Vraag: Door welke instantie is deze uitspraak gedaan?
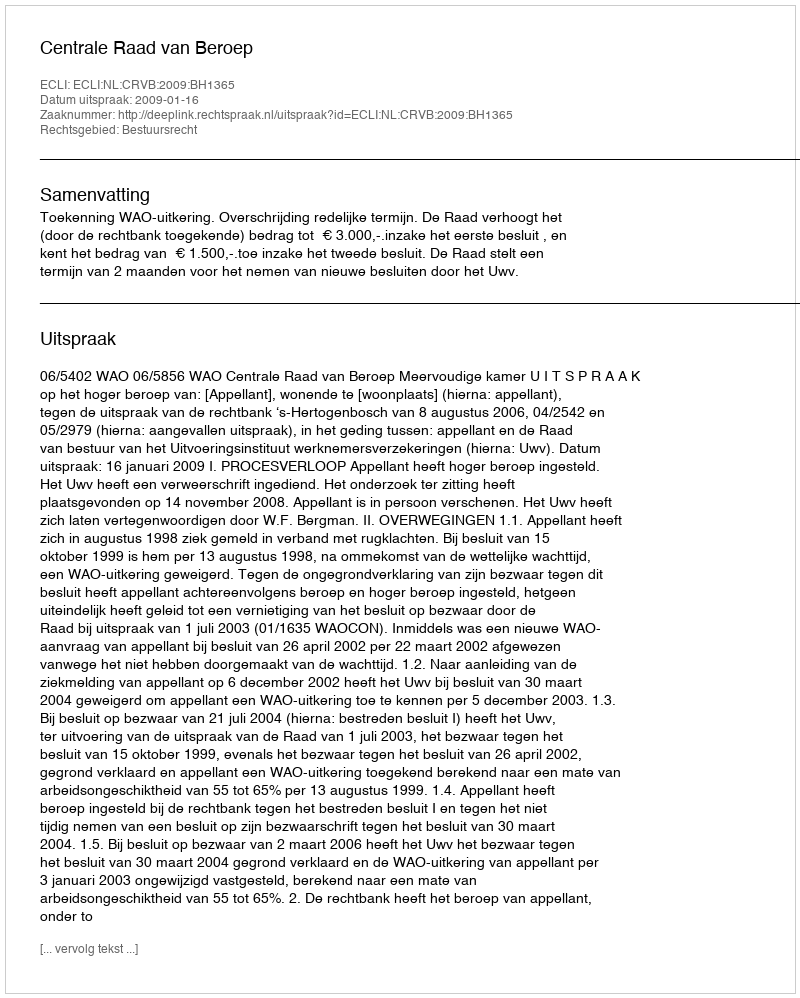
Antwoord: Centrale Raad van Beroep